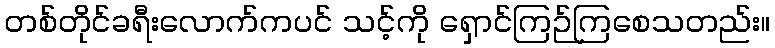
တစ်တိုင်ခရီးလောက်ကပင် သင့်ကို ရှောင်ကြဉ်ကြစေသတည်း။